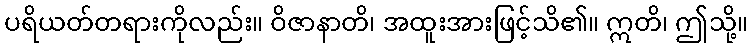
ပရိယတ်တရားကိုလည်း။ ဝိဇာနာတိ၊ အထူးအားဖြင့်သိ၏။ ဣတိ၊ ဤသို့။